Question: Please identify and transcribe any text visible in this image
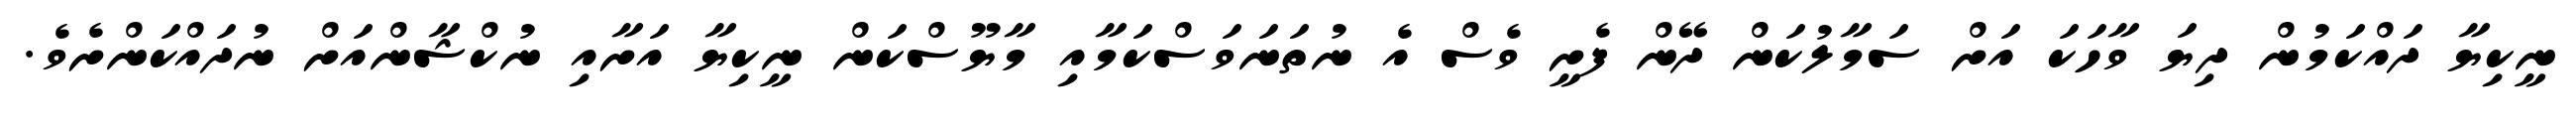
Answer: ނީކިޔާ ދައްކަމުން ދިޔަ ވާހަކަ އަށް ސަމާލުކަން ދޭން ފެށީ ވެސް އެ ނުތަނަވަސްކަމާއި މާޔޫސްކަން ނީކިޔާ އަށާއި ނުކްޝާންއަށް ނުދައްކަންށެވެ.